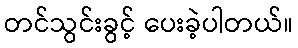
တင်သွင်းခွင့် ပေးခဲ့ပါတယ်။